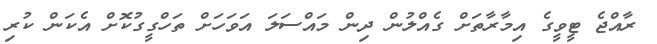
ރާއްޖެ ޓީވީގެ އިމާރާތަށް ގެއްލުން ދިން މައްސަލަ އަވަހަށް ތަހްގީގުކޮށް އެކަން ކުރި